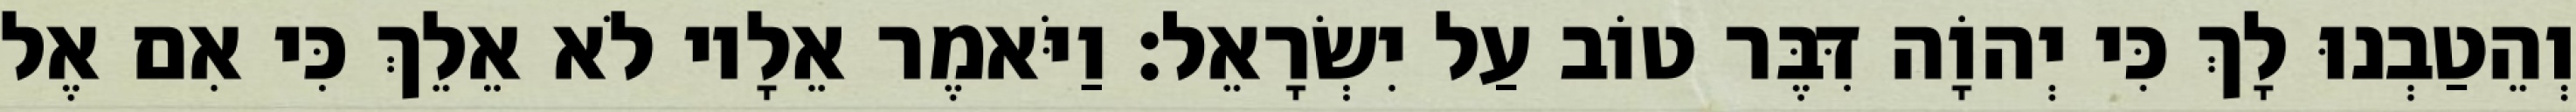
וְהֵטַבְנוּ לָךְ כִּי יְהוָֹה דִּבֶּר טוֹב עַל יִשְׂרָאֵל׃ וַיֹּאמֶר אֵלָיו לֹא אֵלֵךְ כִּי אִם אֶל